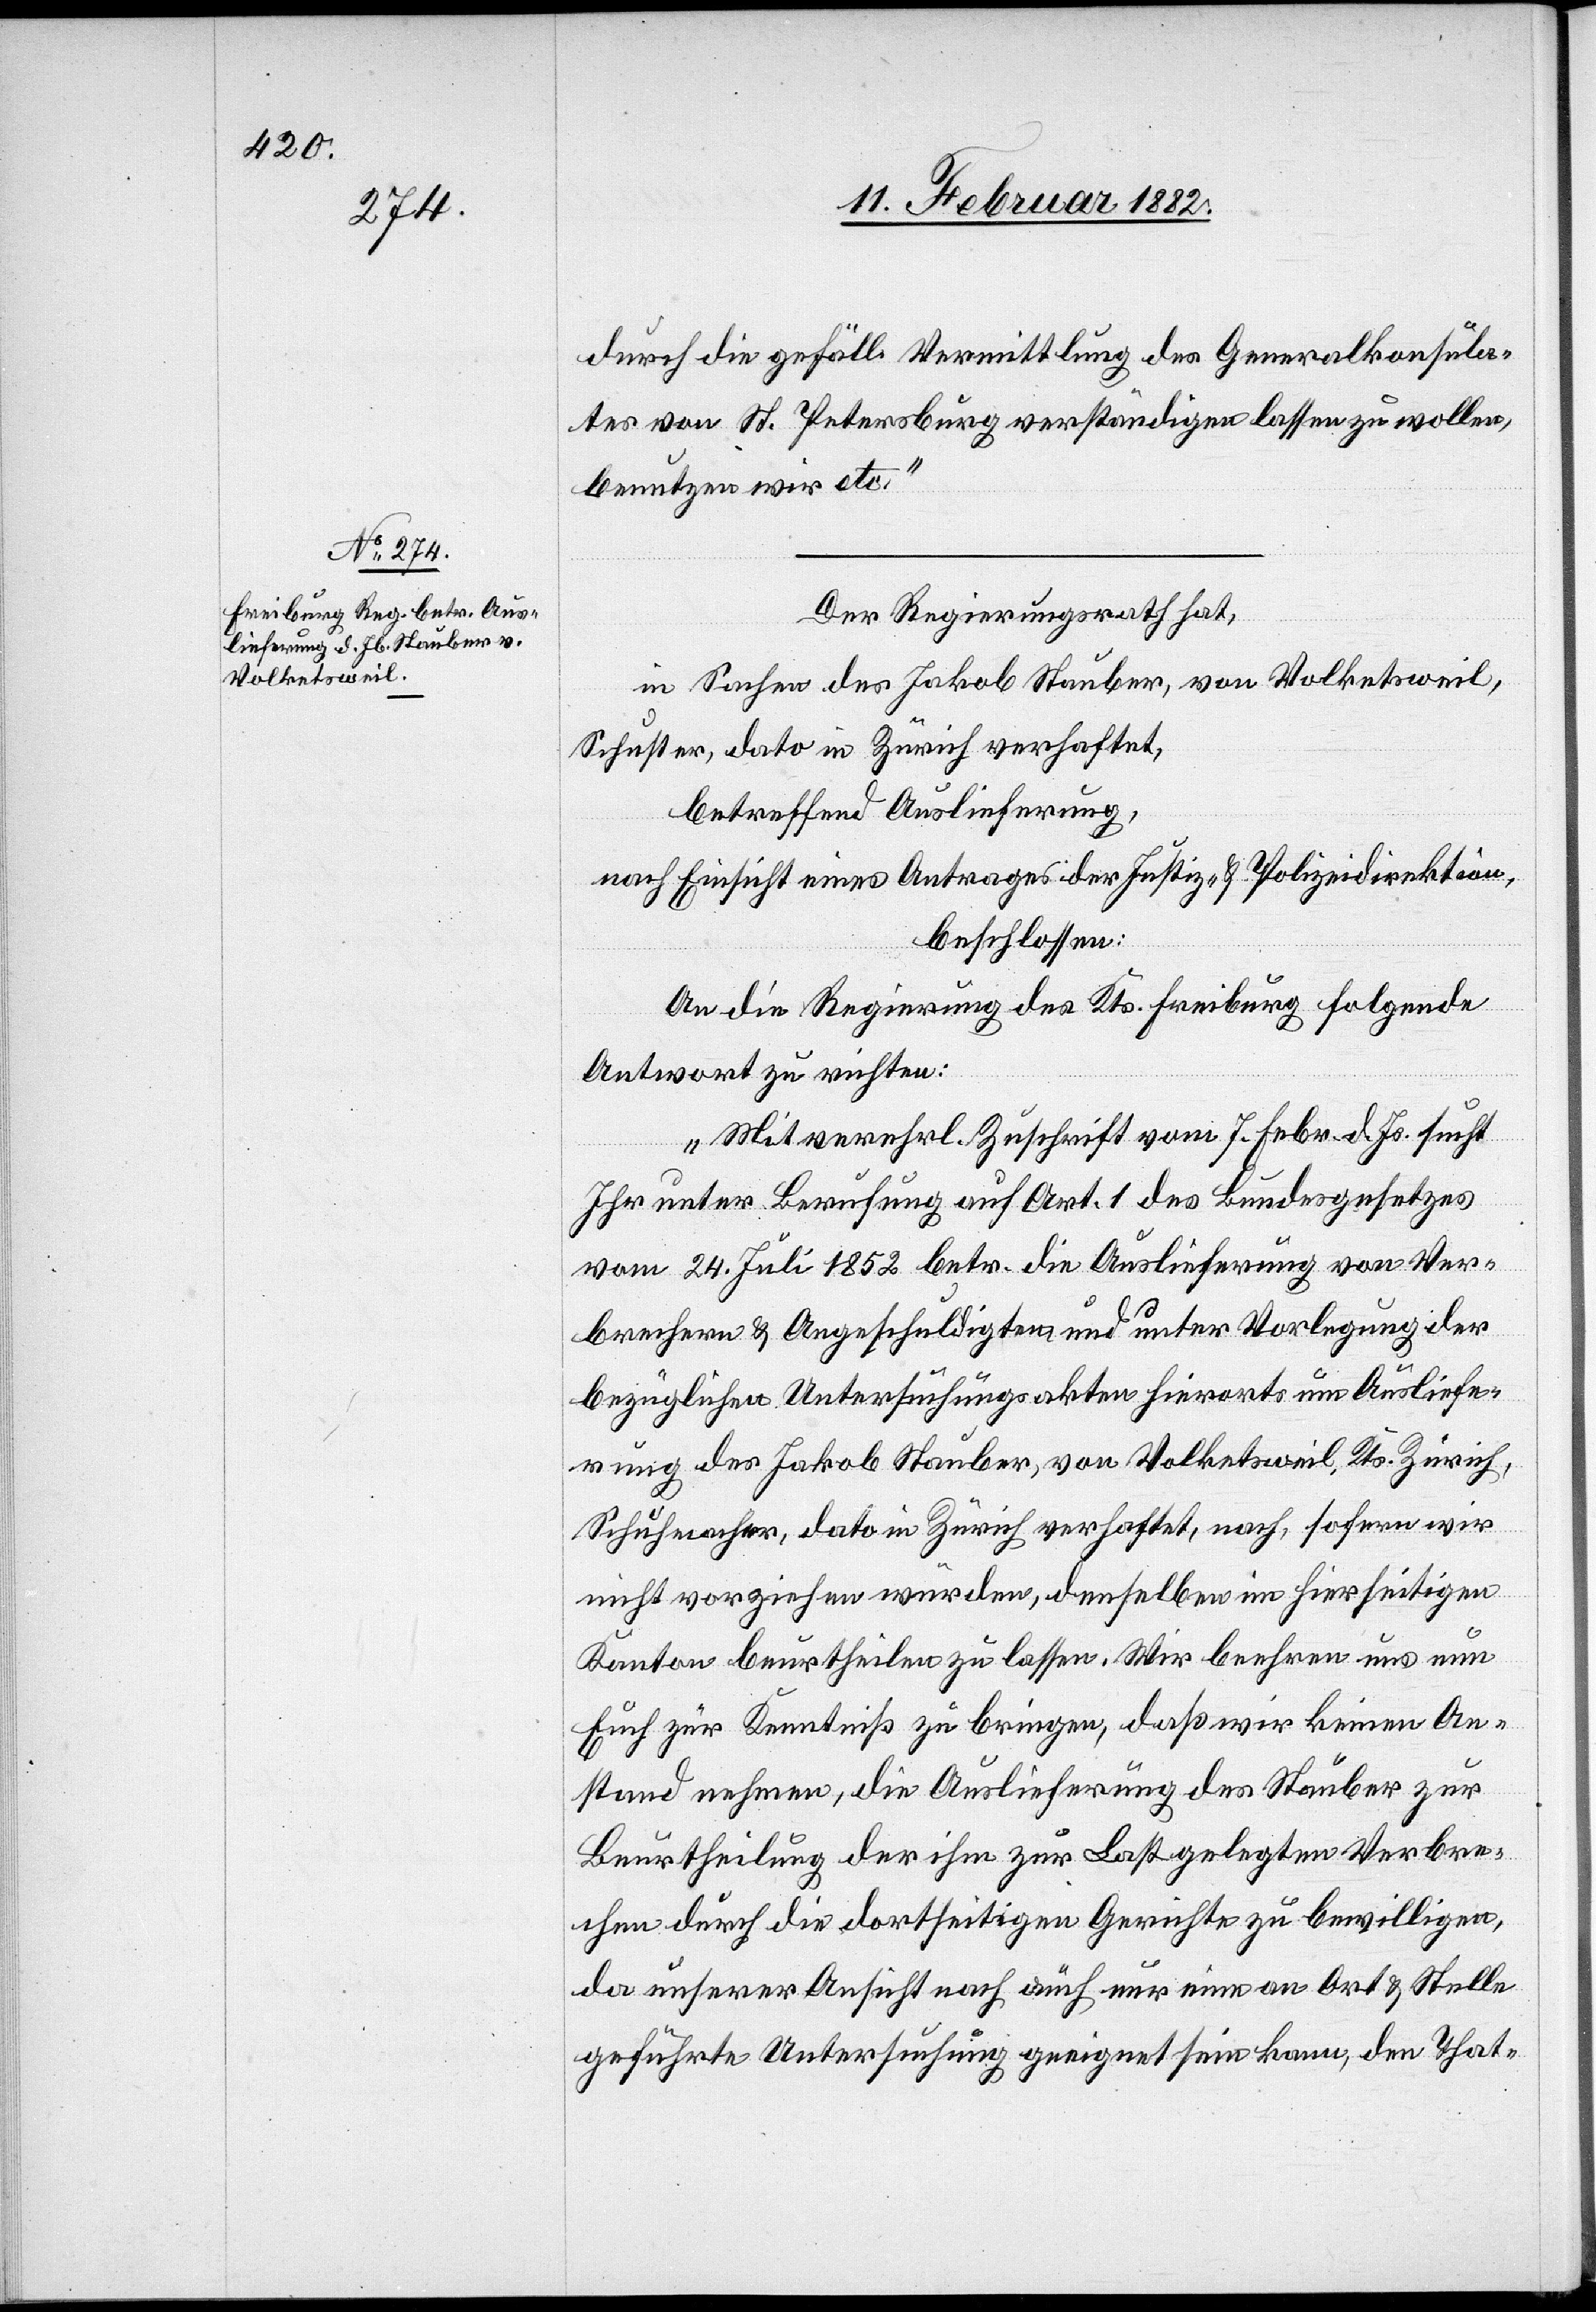
13. Februar 1882]
durch die gefäll. Vermittlung des Generalkonsula¬
tes von St. Petersburg verständigen lassen zu wollen,
benutzen wir etc.
Der Regierungsrath hat,
in Sachen des Jakob Stauber, von Volketsweil,
Schuster, dato in Zürich verhaftet,
betreffend Auslieferung,
nach Einsicht eines Antrages der Justiz- & Polizeidirektion,
beschlossen:
An die Regierung des Kts. Freiburg folgende
Antwort zu richten:
„Mit verehrl. Zuschrift vom 7. Febr. d. Js. sucht
Ihr unter Berufung auf Art. 1 des Bundesgesetzes
vom 24. Juli 1852 betr. die Auslieferung von Ver¬
brechern & Angeschuldigten und unter Vorlegung der
bezüglichen Untersuchungsakten hierorts um Ausliefe¬
rung des Jakob Stauber, von Volketsweil, Kts. Zürich,
Schuhmacher, dato in Zürich verhaftet, nach, sofern wir
nicht vorziehen würden, denselben im hierseitigen
Kanton beurtheilen zu lassen. Wir beehren uns um
Euch zur Kenntniß zu bringen, daß wir keinen An¬
stand nehmen, die Auslieferung des Stauber zur
Beurtheilung der ihm zu Last gelegten Verbre¬
chen durch die dortseitigen Gerichte zu bewilligen,
da unserer Ansicht nach auch nur eine an Ort & Stelle
geführte Untersuchung geeignet sein kann, den That-